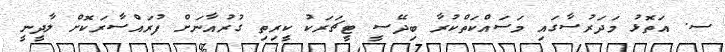
ސ. އަތޮޅު މަދަރުސާގައި މަސައްކަތްކުރާ ބިދޭސީ ޓީޗަރަކު ކީރިތި ގުރުއާނަށް ފުރައްސާރަކޮށް ލާދީނީ